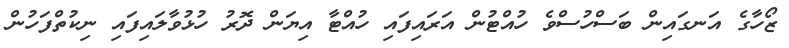
ޒޯހާގެ އަނގައިން ބަސްހުސްވެ ހުއްޓުން އަރައިފައި ހުއްޓާ އިޔަން ދޮރު ހުޅުވާލައިފައި ނިކުތްފަހުން